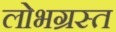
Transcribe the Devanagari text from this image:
लोभग्रस्त